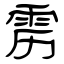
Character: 雳